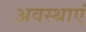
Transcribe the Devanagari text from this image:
अवस्‍थाएं